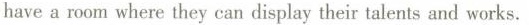
havea room where they can display their talents and works.